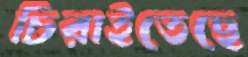
চিরাইতেছে